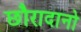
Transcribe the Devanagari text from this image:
छौरादानो